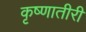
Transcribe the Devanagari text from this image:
कृष्णातीरी